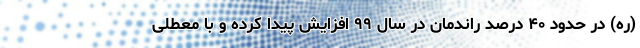
(ره) در حدود ۴۰ درصد راندمان در سال ۹۹ افزایش پیدا کرده و با معطلی